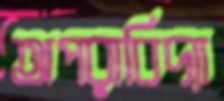
অপরাবিদ্যা